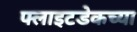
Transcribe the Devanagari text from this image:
फ्लाइटडेकच्या